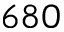
6 8 0